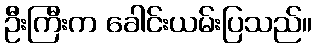
ဦးကြီးက ခေါင်းယမ်းပြသည်။